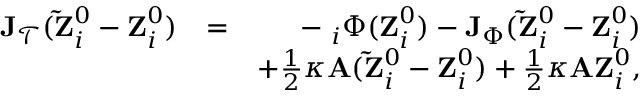
\begin{array} { r l r } { { \bf J } _ { \mathcal { T } } ( { \bf \tilde { Z } } _ { i } ^ { 0 } - { \bf Z } _ { i } ^ { 0 } ) } & { = } & { - { \bf \nabla } _ { i } \Phi ( { \bf Z } _ { i } ^ { 0 } ) - { \bf J } _ { \Phi } ( { \bf \tilde { Z } } _ { i } ^ { 0 } - { \bf Z } _ { i } ^ { 0 } ) } \\ & { } & { + \frac { 1 } { 2 } \kappa { \bf A } ( { \bf \tilde { Z } } _ { i } ^ { 0 } - { \bf Z } _ { i } ^ { 0 } ) + \frac { 1 } { 2 } \kappa { \bf A } { \bf Z } _ { i } ^ { 0 } , } \end{array}